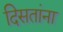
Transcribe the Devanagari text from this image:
दिसतांना